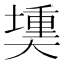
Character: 𪥟